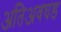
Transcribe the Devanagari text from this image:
अतिअवघड